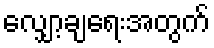
လျှော့ချရေးအတွက်